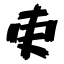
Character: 吏